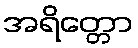
အရိတ္တော